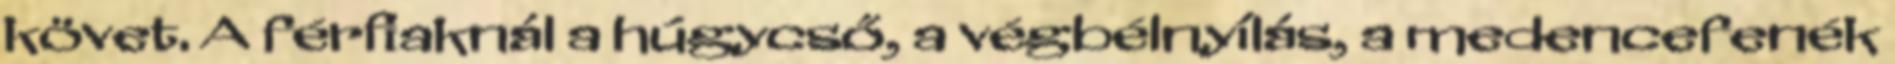
követ. A férﬁaknál a húgycső, a végbélnyílás, a medencefenék